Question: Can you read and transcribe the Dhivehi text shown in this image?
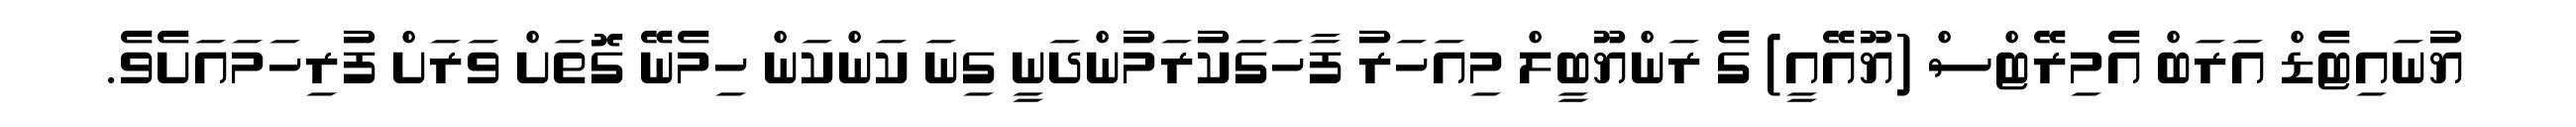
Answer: ޔުނައިޓެޑް އަރަބް އެމިރޭޓްސް (ޔޫއޭއީ) ގެ ރަންޔޫބީލް މިއަހަރު ފާހަގަކުރަމުންދަނީ ގިނަ ކަންކަން ހިމެނޭ ގޮތަށް ވަރަށް ފުރިހަމައަށެވެ.